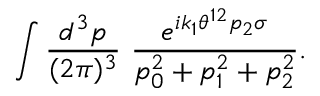
\int \frac { d ^ { 3 } p } { ( 2 \pi ) ^ { 3 } } ~ \frac { e ^ { i k _ { 1 } \theta ^ { 1 2 } p _ { 2 } \sigma } } { p _ { 0 } ^ { 2 } + p _ { 1 } ^ { 2 } + p _ { 2 } ^ { 2 } } .